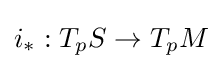
i_{\ast }:T_{p}S\to T_{p}M